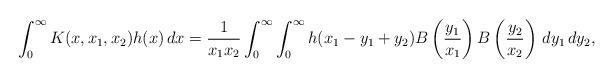
LaTeX: \begin{align*}\int_0^\infty K(x,x_1,x_2)h(x)\,dx=\frac 1{x_1x_2}\int_0^\infty\int_0^\infty h(x_1-y_1+y_2) B\left(\frac {y_1}{x_1}\right)B\left(\frac {y_2}{x_2}\right)\,dy_1\,dy_2,\end{align*}